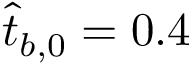
\hat { t } _ { b , 0 } = 0 . 4